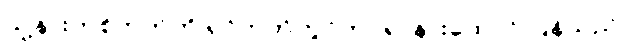
သူ့နားတစ်ဘက်ကို ရင်ဘတ်တွင်ကပ်၍ နားထောင် ပြန်သည်။